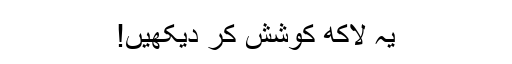
یہ لاکھ کوشش کر دیکھیں!